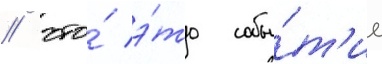
/ что́ э́то собы́т'ие